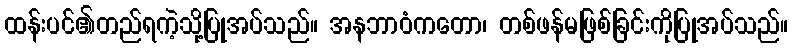
ထန်းပင်၏တည်ရကဲ့သို့ပြုအပ်သည်။ အနဘာဝံကတော၊ တစ်ဖန်မဖြစ်ခြင်းကိုပြုအပ်သည်။